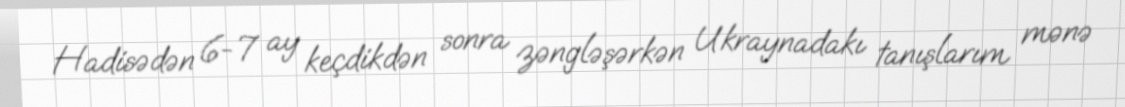
Hadisədən 6-7 ay keçdikdən sonra zəngləşərkən Ukraynadakı tanışlarım mənə